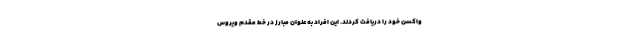
واکسن خود را دریافت کردند. این افراد به عنوان مبارز در خط مقدم ویروس